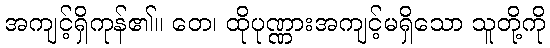
အကျင့်ရှိကုန်၏။ တေ၊ ထိုပုဏ္ဏားအကျင့်မရှိသော သူတို့ကို